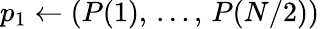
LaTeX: p_{1}\gets(P(1),\, \dots,\, P(N/2))